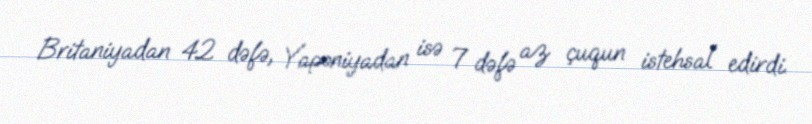
Britaniyadan 42 dəfə, Yaponiyadan isə 7 dəfə az çuqun istehsal edirdi.